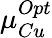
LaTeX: \mu_{Cu}^{Opt}